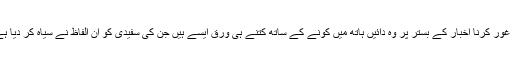
تم غور کرنا اخبار کے بستر پر وہ دائیں ہاتھ میں کونے کے ساتھ کتنے ہی ورق ایسے ہیں جن کی سفیدی کو ان الفاظ نے سیاہ کر دیا ہے۔